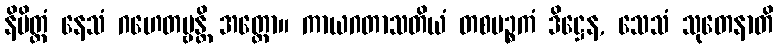
နိမိတ္တံ နေသံ ဂဟေတဗ္ဗန္တိ အတ္ထော။ ကာယဂတာသတိယံ တစပဉ္စကံ ဒိဋ္ဌေန, သေသံ သုတေနာတိ